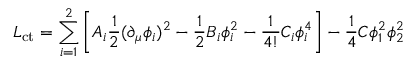
{ \cal L } _ { \mathrm { c t } } = \sum _ { i = 1 } ^ { 2 } \left[ A _ { i } \frac { 1 } { 2 } ( \partial _ { \mu } \phi _ { i } ) ^ { 2 } - \frac { 1 } { 2 } B _ { i } \phi _ { i } ^ { 2 } - \frac { 1 } { 4 ! } C _ { i } \phi _ { i } ^ { 4 } \right] - \frac { 1 } { 4 } C \phi _ { 1 } ^ { 2 } \phi _ { 2 } ^ { 2 } \; \;